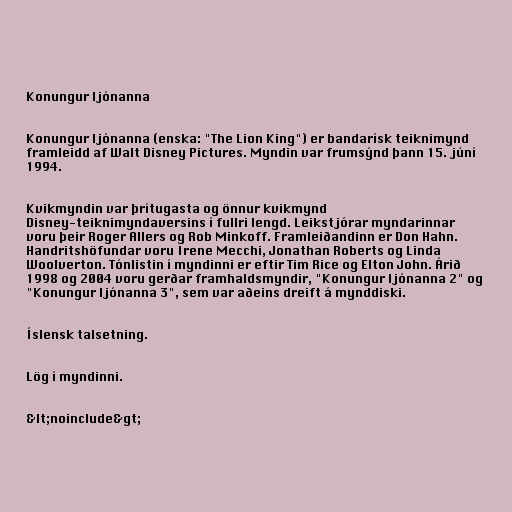
Konungur ljónanna

Konungur ljónanna (enska: "The Lion King") er bandarísk teiknimynd
framleidd af Walt Disney Pictures. Myndin var frumsýnd þann 15. júní
1994.

Kvikmyndin var þrítugasta og önnur kvikmynd
Disney-teiknimyndaversins í fullri lengd. Leikstjórar myndarinnar
voru þeir Roger Allers og Rob Minkoff. Framleiðandinn er Don Hahn.
Handritshöfundar voru Irene Mecchi, Jonathan Roberts og Linda
Woolverton. Tónlistin í myndinni er eftir Tim Rice og Elton John. Árið
1998 og 2004 voru gerðar framhaldsmyndir, "Konungur ljónanna 2" og
"Konungur ljónanna 3", sem var aðeins dreift á mynddiski.

Íslensk talsetning.

Lög í myndinni.

&lt;noinclude&gt;